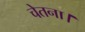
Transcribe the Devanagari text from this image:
चेतना।